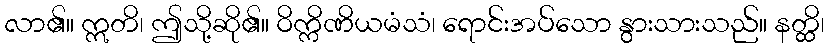
လာ၏။ ဣတိ၊ ဤသို့ဆို၏။ ဝိက္ကိဏိယမံသံ၊ ရောင်းအပ်သော နွားသားသည်။ နတ္ထိ၊